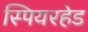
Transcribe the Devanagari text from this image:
स्पियरहेड